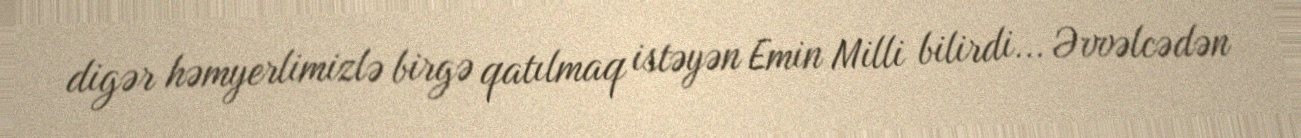
digər həmyerlimizlə birgə qatılmaq istəyən Emin Milli bilirdi... Əvvəlcədən